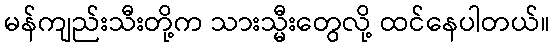
မန်ကျည်းသီးတို့က သားသ္မီးတွေလို့ ထင်နေပါတယ်။